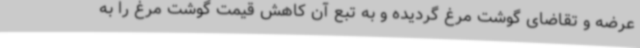
عرضه و تقاضای گوشت مرغ گردیده و به تبع آن کاهش قیمت گوشت مرغ را به